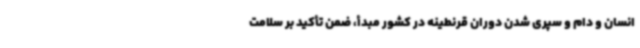
انسان و دام و سپری شدن دوران قرنطینه در کشور مبدأ، ضمن تأکید بر سلامت